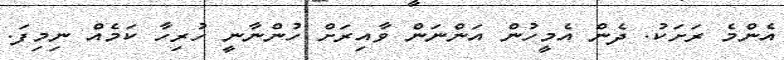
އެންމެ ރަށަކު. ދެން އެމީހުން އަންނަން ވާއިރަށް ހުންނާނީ ހުރިހާ ކަމެއް ނިމިފަ.